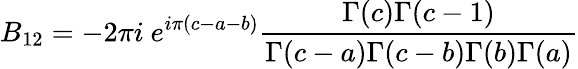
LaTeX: B_{12}=-2\pi i~e^{i\pi(c-a-b)}\frac{\Gamma(c)\Gamma(c-1)}{\Gamma(c-a)\Gamma(c-b)\Gamma(b)\Gamma(a)}